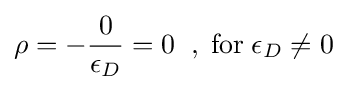
\rho =-{\frac {0}{\epsilon _{D}}}=0\;\;,\;{\text{for}}\;\epsilon _{D}\neq 0\;